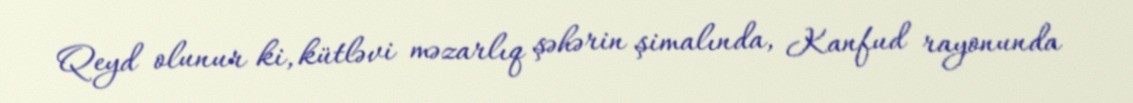
Qeyd olunur ki, kütləvi məzarlıq şəhərin şimalında, Kanfud rayonunda